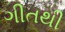
ગીતથી